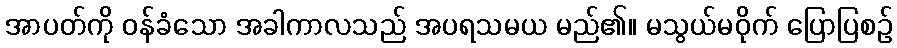
အာပတ်ကို ဝန်ခံသော အခါကာလသည် အပရသမယ မည်၏။ မသွယ်မဝိုက် ပြောပြစဉ်